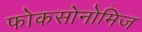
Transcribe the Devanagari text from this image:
फोकसोनोमिज